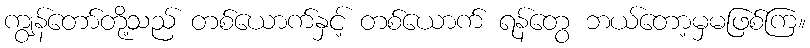
ကျွန်တော်တို့သည် တစ်ယောက်နှင့် တစ်ယောက် ရန်တွေ ဘယ်တော့မှမဖြစ်ကြ။